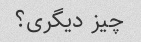
چیز دیگری؟